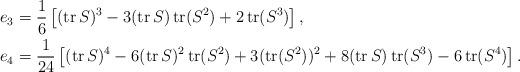
LaTeX: \begin{align*}e_3&=\frac16\left[(\operatorname{tr}S)^3-3(\operatorname{tr}S)\operatorname{tr}(S^2)+2\operatorname{tr}(S^3)\right],\\e_4&=\frac1{24}\left[(\operatorname{tr}S)^4-6(\operatorname{tr}S)^2\operatorname{tr}(S^2)+3(\operatorname{tr}(S^2))^2+8(\operatorname{tr}S)\operatorname{tr}(S^3)-6\operatorname{tr}(S^4)\right].\end{align*}